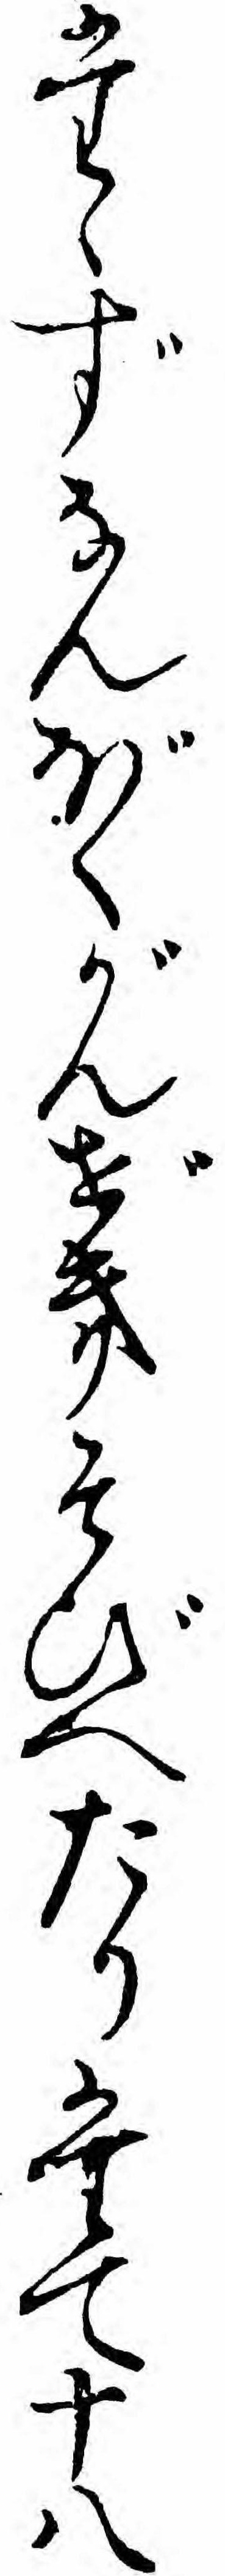
たゝずなんぼくがんぜきそびへたりたて十八